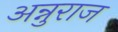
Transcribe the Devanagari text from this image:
अन्नुराज